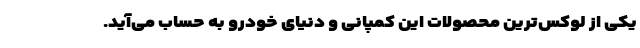
یکی از لوکس‌ترین محصولات این کمپانی و دنیای خودرو به حساب می‌آید.